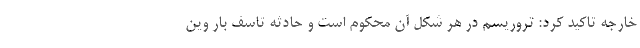
خارجه تاکید کرد: تروریسم در هر شکل آن محکوم است و حادثه تاسف بار وین